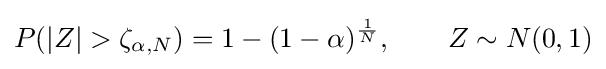
P(|Z|>\zeta _{\alpha ,N})=1-(1-\alpha )^{\frac {1}{N}},\qquad Z\sim N(0,1)